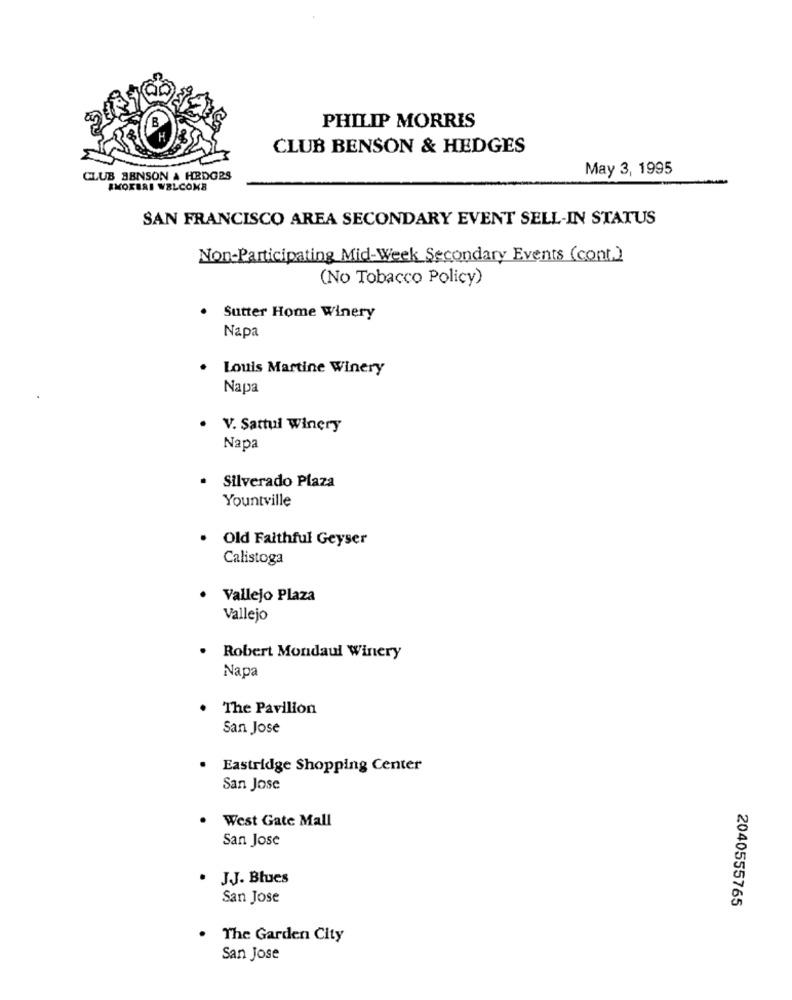
B
PHILIP MORRIS
H
CLUB BENSON & HEDGES
May 3, 1995
CLUB BENSON A HEDGES
AMORERI WELCOME
SAN FRANCISCO AREA SECONDARY EVENT SELL-IN STATUS
Non-Participating Mid-Week Secondary Events (cont.)
(No Tobacco Policy)
Sutter Home Winery
Napa
Louis Martine Winery
Napa
V. Sattui Winery
Napa
Silverado Plaza
Yountville
Old Faithful Geyser
Calistoga
Vallejo Plaza
Vallejo
.
Robert Mondaul Winery
Napa
The Pavilion
San Jose
. Eastridge Shopping Center
San Jose
West Gate Mall
San Jose
· JJ. Blues
San Jose
2040555765
The Garden City
San Jose